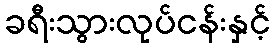
ခရီးသွားလုပ်ငန်းနှင့်